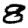
Digit: 8